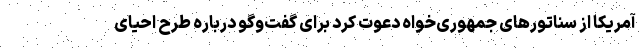
آمریکا از سناتورهای جمهوری‌خواه دعوت کرد برای گفت‌وگو درباره طرح احیای